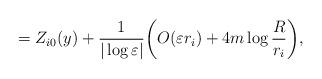
LaTeX: \begin{align*}=Z_{i0}(y)+\frac{1}{|\log\varepsilon|}\bigg(O(\varepsilon r_{i})+4m\log\frac{R}{r_{i}}\bigg),\end{align*}